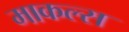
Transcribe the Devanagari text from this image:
माकल्स